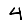
Digit: 4